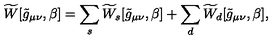
\widetilde { W } [ \tilde { g } _ { \mu \nu } , \beta ] = \sum _ { s } \widetilde { W } _ { s } [ \tilde { g } _ { \mu \nu } , \beta ] + \sum _ { d } \widetilde { W } _ { d } [ \tilde { g } _ { \mu \nu } , \beta ] ,